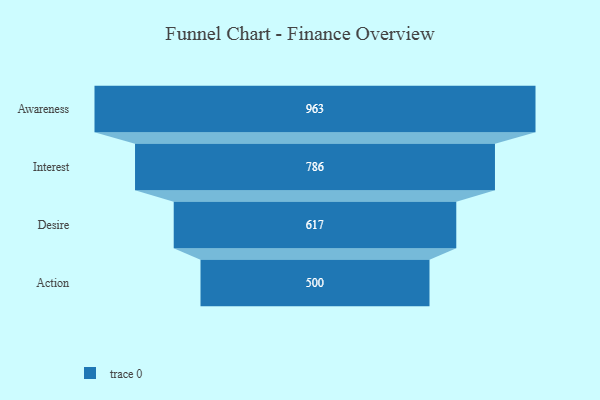
{"axis": {"x": "Stage", "y": "Value"}, "legend": [""], "data": [{"x": "Awareness", "y": 963.0, "type": ""}, {"x": "Interest", "y": 786.0, "type": ""}, {"x": "Desire", "y": 617.0, "type": ""}, {"x": "Action", "y": 500, "type": ""}]}